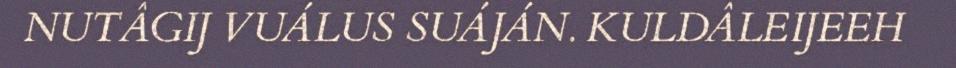
NUTÂGIJ VUÁLUS SUÁJÁN. KULDÂLEIJEEH